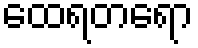
ထေရတရော